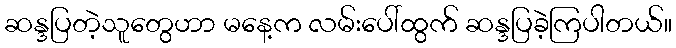
ဆန္ဒပြတဲ့သူတွေဟာ မနေ့က လမ်းပေါ်ထွက် ဆန္ဒပြခဲ့ကြပါတယ်။